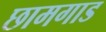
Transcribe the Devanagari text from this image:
छामगाड